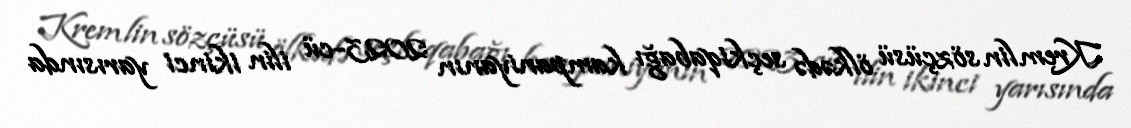
Kremlin sözçüsü ölkədə seçkiqabağı kampaniyanın 2023-cü ilin ikinci yarısında